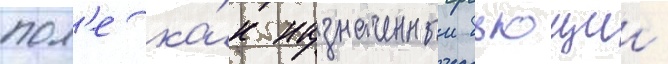
пол'е ка́к назначенныи бьющии